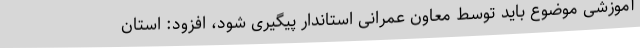
آموزشی موضوع باید توسط معاون عمرانی استاندار پیگیری شود، افزود: استان